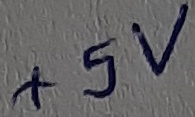
Text: +5V